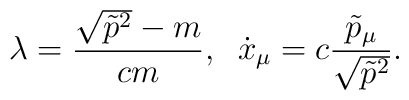
\lambda=\frac{\sqrt{\tilde p^2}-m}{cm}, \;\; \dot x_\mu =c\frac{\tilde p_\mu}{\sqrt{\tilde p^2}}{.}